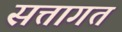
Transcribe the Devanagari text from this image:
सत्तागत